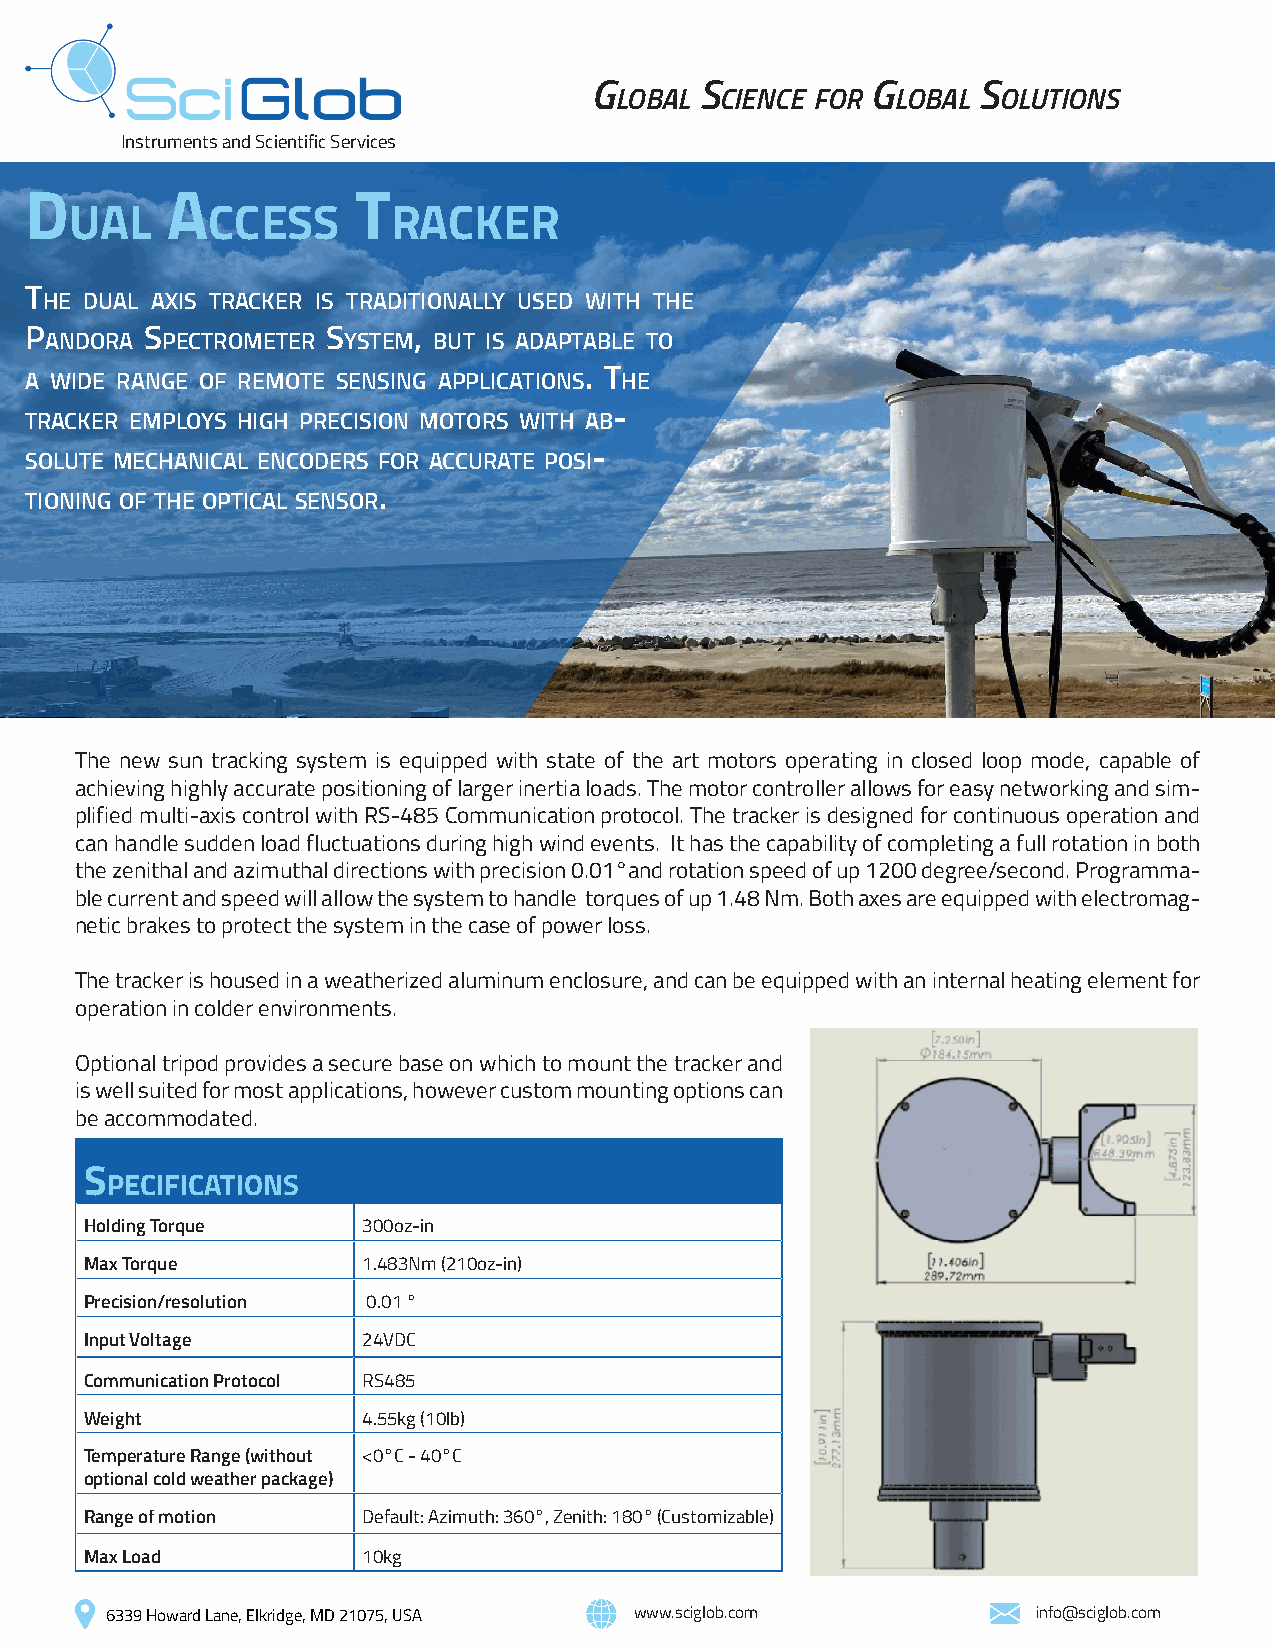
G      S           G      S
 lobal  cience for lobal  olutionS
 Instruments and Scientific Services
 D        a           t
 ual      cceSS       racker
 T
 he dual axis Tracker is TradiTionally used wiTh The
 P       s           s    ,
 andora  PecTromeTer ysTem buT is adaPTable To
 . T
 a wide range of remoTe sensing aPPlicaTions he
 -
 Tracker emPloys high Precision moTors wiTh ab
 -
 soluTe mechanical encoders for accuraTe Posi
 .
 Tioning of The oPTical sensor
 The new sun tracking system is equipped with state of the art motors operating in closed loop mode, capable of
 achieving highly accurate positioning of larger inertia loads. The motor controller allows for easy networking and sim-
 plified multi-axis control with RS-485 Communication protocol. The tracker is designed for continuous operation and
 can handle sudden load fluctuations during high wind events. It has the capability of completing a full rotation in both
 the zenithal and azimuthal directions with precision 0.01°and rotation speed of up 1200 degree/second. Programma-
 ble current and speed will allow the system to handle torques of up 1.48 Nm. Both axes are equipped with electromag-
 netic brakes to protect the system in the case of power loss.
 The tracker is housed in a weatherized aluminum enclosure, and can be equipped with an internal heating element for
 operation in colder environments.
 Optional tripod provides a secure base on which to mount the tracker and
 is well suited for most applications, however custom mounting options can
 be accommodated.
 S
 pecificationS
 Holding Torque    300oz-in
 Max Torque        1.483Nm (210oz-in)
 Precision/resolution 0.01 °
 Input Voltage     24VDC
 Communication Protocol RS485
 Weight            4.55kg (10lb)
 Temperature Range (without <0°C - 40°C
 optional cold weather package)
 Range of motion   Default: Azimuth: 360°, Zenith: 180° (Customizable)
 Max Load          10kg
 6339 Howard Lane, Elkridge, MD 21075, USA www.sciglob.com     info@sciglob.com